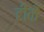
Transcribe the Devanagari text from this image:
टीकें